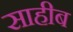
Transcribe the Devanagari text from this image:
साहीब